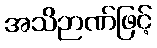
အသိဉာဏ်ဖြင့်